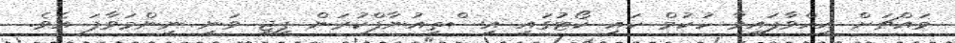
މައްޗަށް އިއްވާފައިވާ ހުކުމް ހައި ކޯޓުގައި އިސްތިއުނާފްކުރަން ޕީޖީ ވަނީ ނިންމަވާފަ އެވެ.